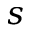
s